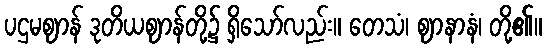
ပဌမဈာန် ဒုတိယဈာန်တို့၌ ရှိသော်လည်း။ တေသံ၊ ဈာနာနံ၊ တို့၏။